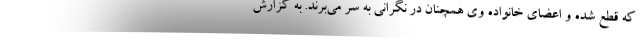
که قطع شده و اعضای خانواده وی همچنان در نگرانی به سر می‌برند. به گزارش